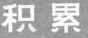
积累